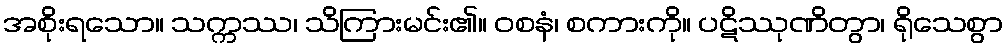
အစိုးရသော။ သက္ကဿ၊ သိကြားမင်း၏။ ဝစနံ၊ စကားကို။ ပဋိဿုဏိတွာ၊ ရိုသေစွာ